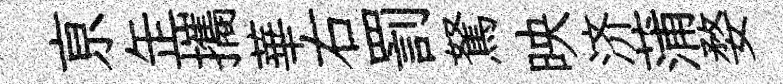
亰𦈢攜華右罰駑映济蒲婺